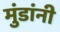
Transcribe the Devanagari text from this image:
मुंडांनी